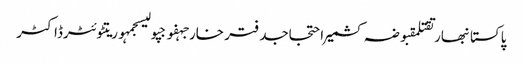
پاکستانبھارتقتلمقبوضہ کشمیراحتجاجدفتر خارجہفوجپولیسجمہوریتٹوئٹرڈاکٹر